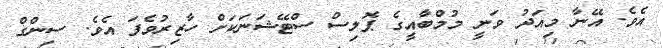
އެވެ. އޭނާ މިއަދު ވަނީ މުމްބާއީގެ ޕޮލިސް ސްޓޭޝަނަކަށް ހާޒިރުވެފަ އެވެ. ސިންގް